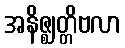
အနိဇ္ဈတ္တိဗလာ